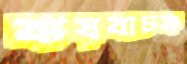
ব্যয়বাচক